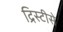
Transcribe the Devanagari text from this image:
द्रिस्टीसे